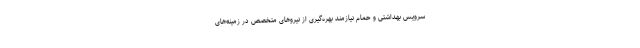
سرویس بهداشتی و حمام نیازمند بهره‌گیری از نیروهای متخصص در زمینه‌های